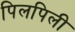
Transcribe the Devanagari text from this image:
पिलपिली